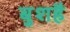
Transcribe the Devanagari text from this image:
बुशहै